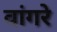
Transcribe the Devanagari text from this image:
वांगरे